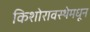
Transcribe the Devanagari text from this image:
किशोरावस्थेमधून